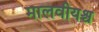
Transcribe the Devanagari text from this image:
मालवीयश्च